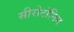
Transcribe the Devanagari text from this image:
सीरोटॉनिन